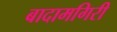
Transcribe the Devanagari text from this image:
बादामगिरी